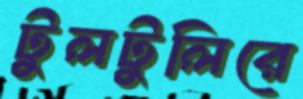
টুলটুলিরে